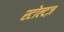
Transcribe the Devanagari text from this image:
स्टोल्टज़